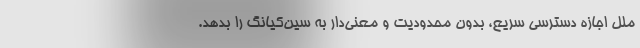
ملل اجازه دسترسی سریع، بدون محدودیت و معنی‌دار به سین‌کیانگ را بدهد.